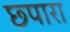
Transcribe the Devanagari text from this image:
छ्पारा